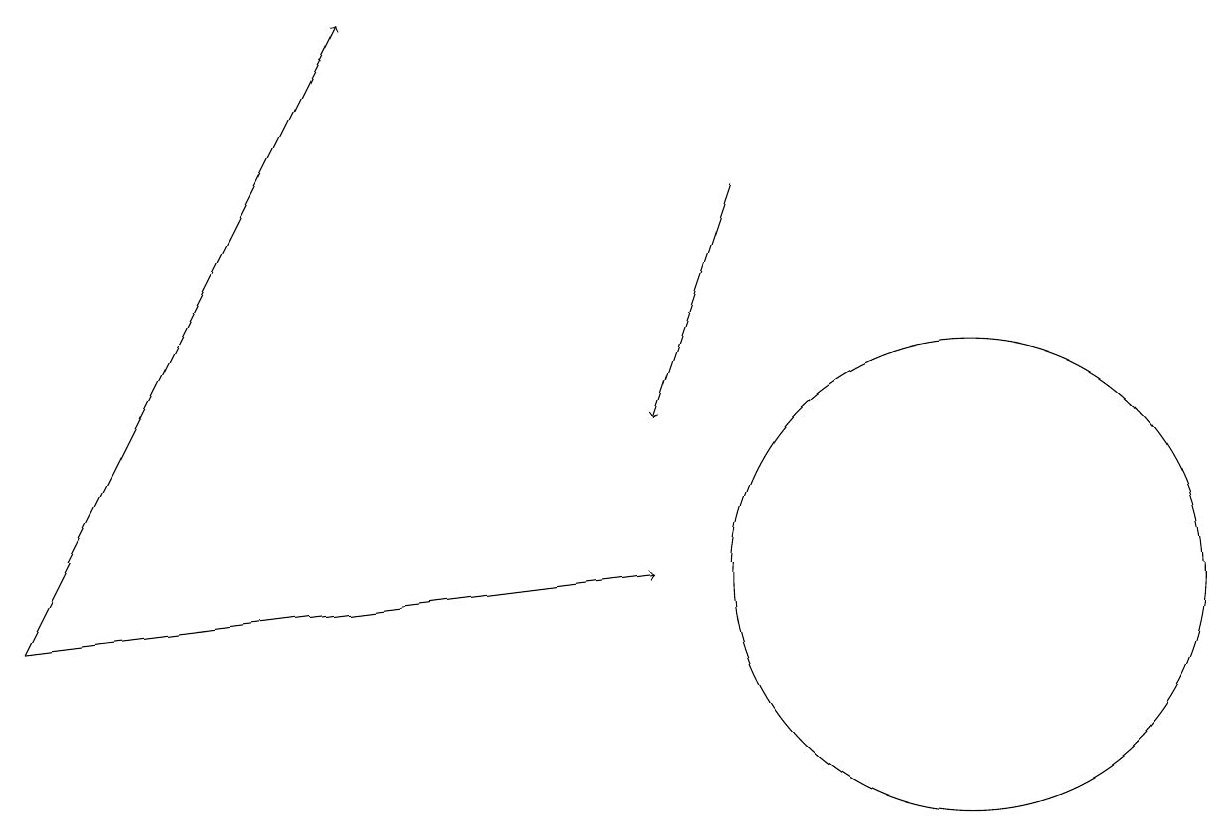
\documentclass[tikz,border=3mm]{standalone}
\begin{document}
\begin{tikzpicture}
\draw[->] (0,10) -- (4,18);
\draw[->] (9,16) -- (8,13);
\draw[->] (0,10) -- (8,11);
\draw (12,11) circle (3);
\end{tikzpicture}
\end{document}